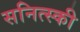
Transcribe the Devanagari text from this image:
सनित्स्की